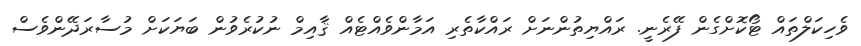
ވެހިކަލްތައް ޓޯކޮށްގެން ފޭރެނީ. ރައްޔިތުންނަށް ރައްކާތެރި އަމާންވެއްޓެއް ޤާއިމް ނުކުރެވުން ބަޔަކަށް މުސާރަދޭންވެސް